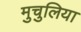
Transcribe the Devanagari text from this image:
मुचुलिया